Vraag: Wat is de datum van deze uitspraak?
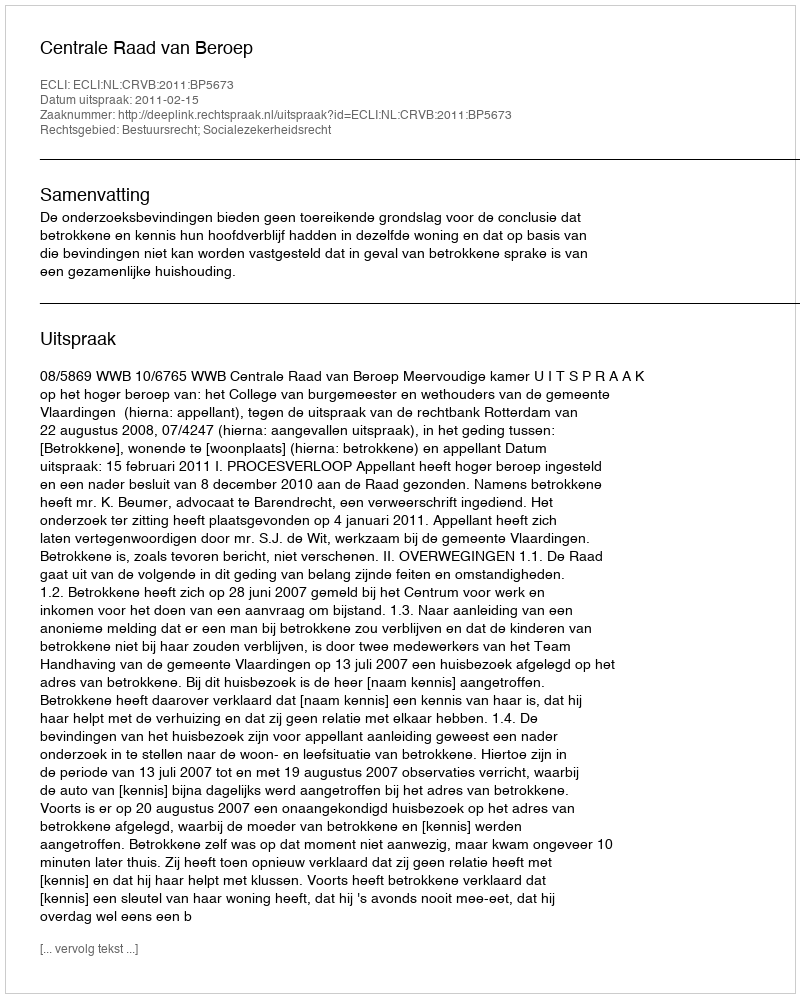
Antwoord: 2011-02-15